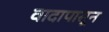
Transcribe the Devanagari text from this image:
वादापासून